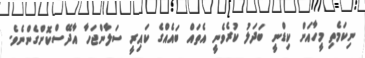
ނިކަމެތި މީހާއަށް ކިޑްނީ ބަދަލު ކުރެވެނީ އެތައް ބައެއްގެ ކައިރީ ސަލާންޖަހާ އާދޭސްކޮށްގެންނެވެ.